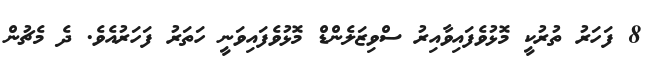
8 ފަހަރު ތުރުކީ މޮޅުވެފައިވާއިރު ސްވިޒަލެންޑް މޮޅުވެފައިވަނީ ހަތަރު ފަހަރުއެވެ. ދެ މެޗުން